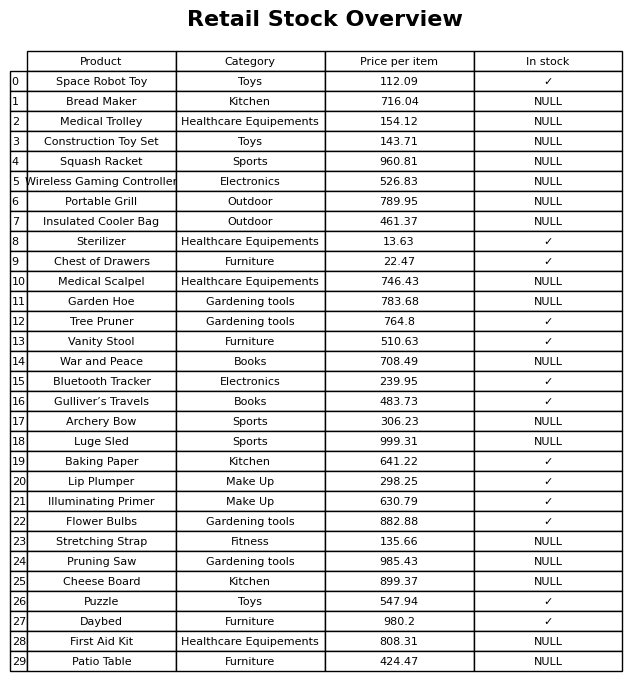
question: What is the price for Garden Hoe?
answer: The price of Garden Hoe is 783.68.